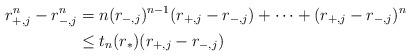
LaTeX: \begin{align*}r_{+,j}^n-r_{-,j}^n&=n(r_{-,j})^{n-1}(r_{+,j} -r_{-,j})+\cdots+(r_{+,j} -r_{-,j})^n\\& \le t_n(r_*) (r_{+,j} -r_{-,j})\end{align*}